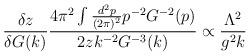
LaTeX: \begin{align*}\frac{\delta z}{\delta G(k)} \frac{4\pi^2 \int \frac{d^2p}{(2\pi)^2}p^{-2}G^{-2}(p)}{2zk^{-2}G^{-3}(k)} \propto\frac{\Lambda^2}{g^2 k}\end{align*}